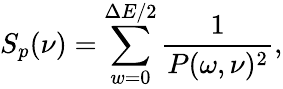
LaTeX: S_{p}(\nu)=\sum_{w=0}^{\Delta E/2}\frac{1}{P(\omega,\nu)^{2}},